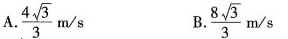
A. \frac{4\sqrt{3}}{3} m/s B.\frac{8\sqrt{3}}{3}m/s